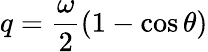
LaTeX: q=\frac{\omega}{2}(1-\cos\theta)